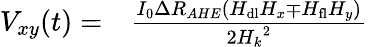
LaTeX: \begin{array}{rl}{V_{xy}(t)=}&{{}\frac{I_{0}\Delta R_{AHE}\left(H_{\mathrm{dl}}H_{x}\mp H_{\mathrm{fl}}H_{y}\right)}{2{H_{k}}^{2}}}\end{array}